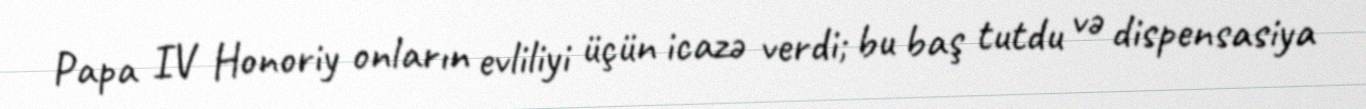
Papa IV Honoriy onların evliliyi üçün icazə verdi; bu baş tutdu və dispensasiya